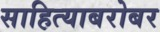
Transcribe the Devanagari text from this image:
साहित्याबरोबर